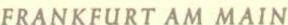
FRANKFURT AM MAIN